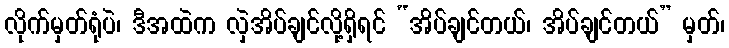
လိုက်မှတ်ရုံပဲ၊ ဒီအထဲက လှဲအိပ်ချင်လို့ရှိရင် “အိပ်ချင်တယ်၊ အိပ်ချင်တယ်” မှတ်၊